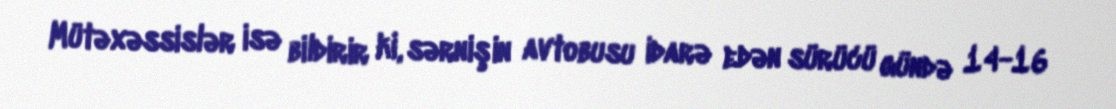
Mütəxəssislər isə bildirir ki, sərnişin avtobusu idarə edən sürücü gündə 14-16